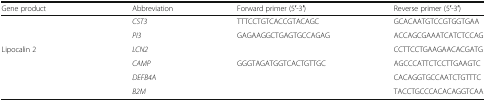
<table><thead><tr><td><b>Gene product</b></td><td><b>Abbreviation</b></td><td><b>Forward primer (5′-3′)</b></td><td><b>Reverse primer (5′-3′)</b></td></tr></thead><tbody><tr><td>[EMPTY_CELL]</td><td><i>CST3</i></td><td>TTTCCTGTCACCGTACAGC</td><td>GCACAATGTCCGTGGTGAA</td></tr><tr><td>[EMPTY_CELL]</td><td><i>PI3</i></td><td>GAGAAGGCTGAGTGCCAGAG</td><td>ACCAGCGAAATCATCTCCAG</td></tr><tr><td>Lipocalin 2</td><td><i>LCN2</i></td><td>[EMPTY_CELL]</td><td>CCTTCCTGAAGAACACGATG</td></tr><tr><td>[EMPTY_CELL]</td><td><i>CAMP</i></td><td>GGGTAGATGGTCACTGTTGC</td><td>AGCCCATTCTCCTTGAAGTC</td></tr><tr><td>[EMPTY_CELL]</td><td><i>DEFB4A</i></td><td>[EMPTY_CELL]</td><td>CACAGGTGCCAATCTGTTTC</td></tr><tr><td>[EMPTY_CELL]</td><td><i>B2M</i></td><td>[EMPTY_CELL]</td><td>TACCTGCCCACACAGGTCAA</td></tr></tbody></table>